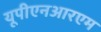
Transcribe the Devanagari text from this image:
यूपीएनआरएम